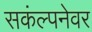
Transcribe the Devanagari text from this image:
सकंल्पनेवर